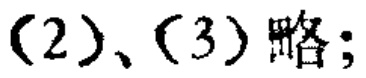
(2)、(3)略;